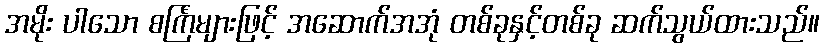
အမိုး ပါသော စင်္ကြံများဖြင့် အဆောက်အအုံ တစ်ခုနှင့်တစ်ခု ဆက်သွယ်ထားသည်။